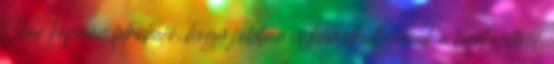
Clear kapcsán felróható, hogy jobban is kiemelkedhetnének a burkolatból,